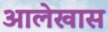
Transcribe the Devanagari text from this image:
आलेखास